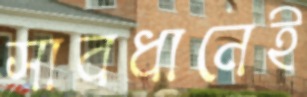
সাবধানেই